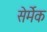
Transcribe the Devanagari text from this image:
सेर्मेक